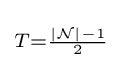
\scriptstyle T={\frac {|{\mathcal {N}}|-1}{2}}